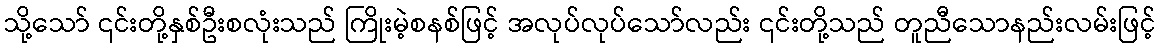
သို့သော် ၎င်းတို့နှစ်ဦးစလုံးသည် ကြိုးမဲ့စနစ်ဖြင့် အလုပ်လုပ်သော်လည်း ၎င်းတို့သည် တူညီသောနည်းလမ်းဖြင့်